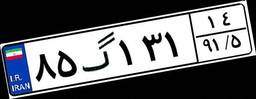
۹۴گ۸۰۳۸۵